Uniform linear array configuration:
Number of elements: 4
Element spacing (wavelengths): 0.5
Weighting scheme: uniform
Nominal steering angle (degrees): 45
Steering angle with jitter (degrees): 46.896
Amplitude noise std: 0.05
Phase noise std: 0.05

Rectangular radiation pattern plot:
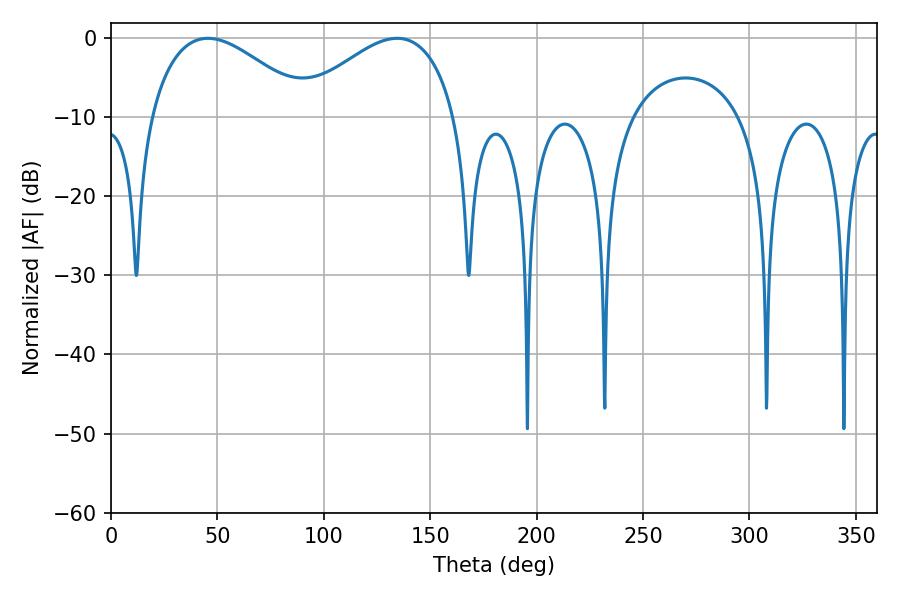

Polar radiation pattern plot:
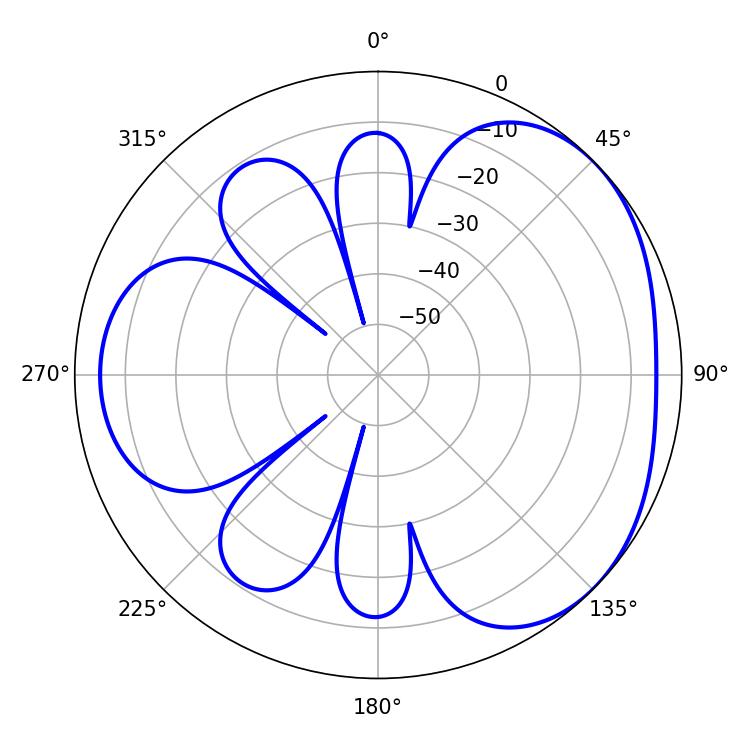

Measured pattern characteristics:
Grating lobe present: FALSE
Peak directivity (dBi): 3.423
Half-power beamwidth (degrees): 41.04
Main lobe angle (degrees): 45.54